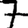
Digit: 7